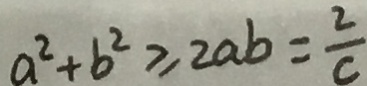
a ^ { 2 } + b ^ { 2 } \geq 2 a b = \frac { 2 } { c }